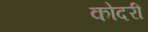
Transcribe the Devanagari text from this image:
कोदरी